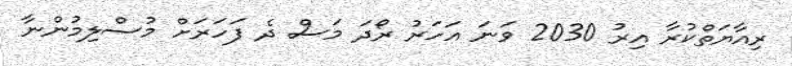
ރިއާޔަތްކުރާ އިރު 2030 ވަނަ އަހަރު ރޯދަ މަސް ދެ ފަހަރަށް މުސްލިމުންނާ